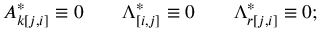
A _ { k [ j , i ] } ^ { * } \equiv 0 \qquad \Lambda _ { [ i , j ] } ^ { * } \equiv 0 \qquad \Lambda _ { r [ j , i ] } ^ { * } \equiv 0 ;